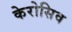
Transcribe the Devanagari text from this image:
केरोसिव